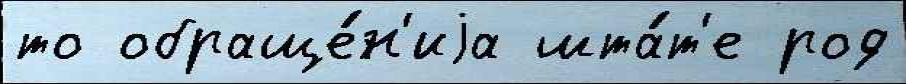
то обраще́н'иjа шта́т'е род